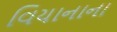
વિયાનાના